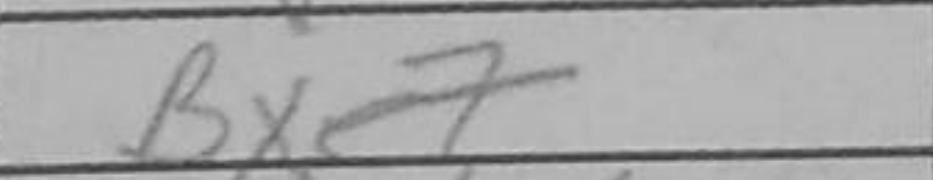
Transcription: Bxe7